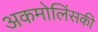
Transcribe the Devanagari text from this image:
अकमोलिंसकी